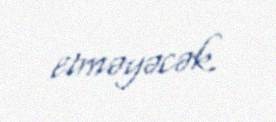
etməyəcək.